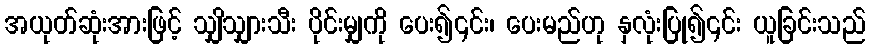
အယုတ်ဆုံးအားဖြင့် သျှိသျှားသီး ပိုင်းမျှကို ပေး၍၎င်း၊ ပေးမည်ဟု နှလုံးပြု၍၎င်း ယူခြင်းသည်